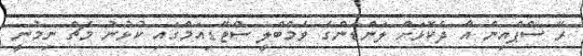
ރޭ ސްޕްއިން އާ ދެކޮޅަށް ލަންޑަންގެ ވެމްބްލީ ސްޓޭޑިއަމްގައި ކުޅުނު މެޗް ނިމުނީ